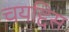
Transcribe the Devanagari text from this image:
चयद्दिस